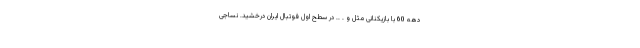
دهه 60 با بازیکنانی مثل و . .. در سطح اول فوتبال ایران درخشید. نساجی